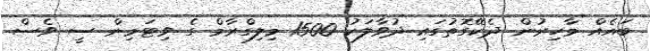
ބައެއް މާހިރުން ދެކޭގޮތުގައި ދުވާލަކު 1500 މިލިގްރާމް ގެ ވިޓަމިން ސީ ވެސް